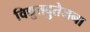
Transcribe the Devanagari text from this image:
विद्युतदुतेजना